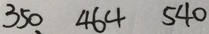
3 5 0 4 6 4 5 4 0